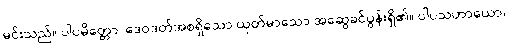
မင်းသည်။ ပါပမိတ္တော၊ ဒေဝဒတ်အစရှိသော ယုတ်မာသော အဆွေခင်ပွန်းရှိ၏။ ပါပသဟာယော၊